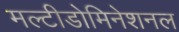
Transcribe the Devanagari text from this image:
मल्टीडोमिनेशनल